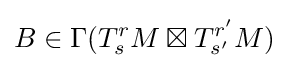
B\in \Gamma (T_{s}^{r}M\boxtimes T_{s'}^{r'}M)